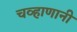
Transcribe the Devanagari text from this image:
चव्हाणानी